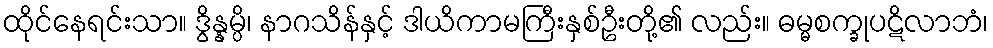
ထိုင်နေရင်းသာ။ ဒွိန္နမ္ပိ၊ နာဂသိန်နှင့် ဒါယိကာမကြီးနှစ်ဦးတို့၏ လည်း။ ဓမ္မစက္ခုပဋိလာဘံ၊